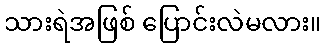
သားရဲအဖြစ် ပြောင်းလဲမလား။